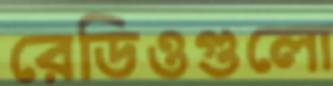
রেডিওগুলো